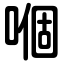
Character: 嗰